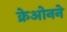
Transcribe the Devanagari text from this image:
क्रेओनने